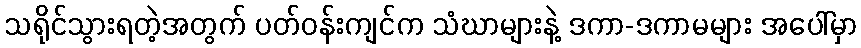
သရိုင်သွားရတဲ့အတွက် ပတ်ဝန်းကျင်က သံဃာများနဲ့ ဒကာ-ဒကာမများ အပေါ်မှာ